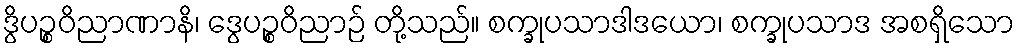
ဒွိပဉ္စဝိညာဏာနိ၊ ဒွေပဉ္စဝိညာဉ် တို့သည်။ စက္ခုပသာဒါဒယော၊ စက္ခုပသာဒ အစရှိသော